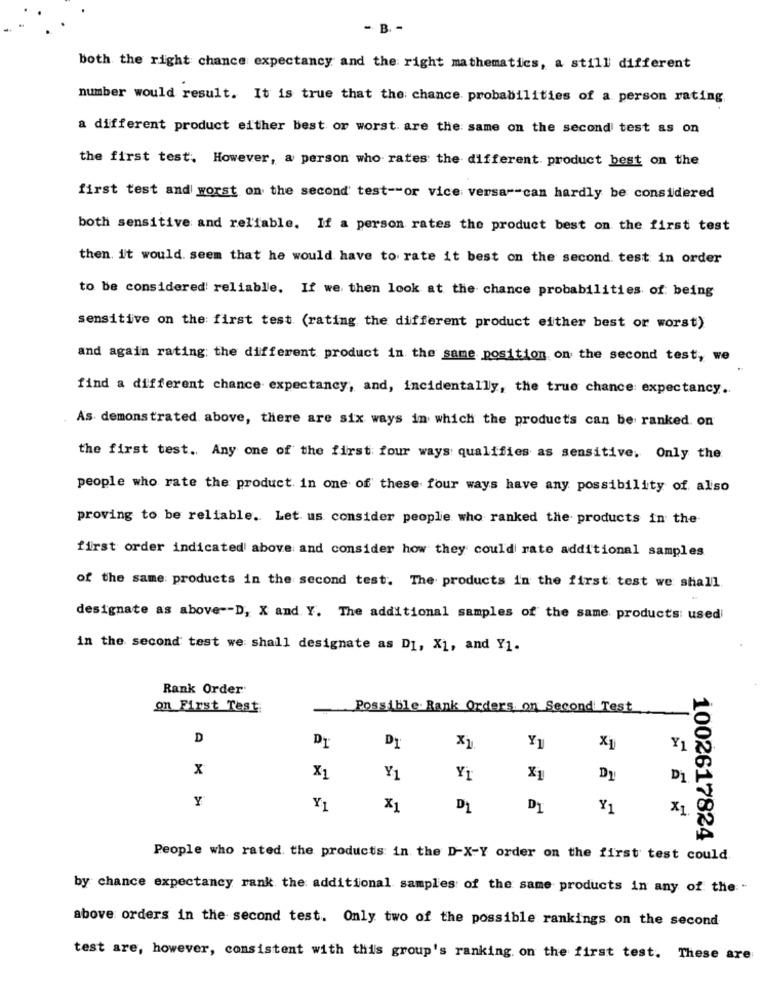
- B -
both the right chance expectancy and the right mathematics, a still different
number would result. It is true that the chance probabilities of a person rating
a different product either best or worst are the same on the second test as on
the first test. However, a person who rates the different product best on the
first test and worst on the second test -- or vice versa"-can hardly be considered
both sensitive and reliable. If a person rates the product best on the first test
then it would seem that he would have to rate it best on the second test in order
to be considered reliable. If we then look at the chance probabilities of being
sensitive on the first test (rating the different product either best or worst)
and again rating: the different product in the same position on the second test, we
find a different chance expectancy, and, incidentally, the true chance: expectancy.
As demonstrated above, there are six ways in which the products can be ranked. on
the first test. Any one of the first four ways qualifies as sensitive. Only the
people who rate the product in one of these four ways have any possibility of also
proving to be reliable. Let us consider people who ranked the products in the
first order indicated above and consider how they could rate additional samples
of the same: products in the second test. The products in the first test we shall
designate as above -- D, X and Y. The additional samples of the same products: usedi
in the second test we shall designate as DI, X1, and Y1.
Rank Order
on First Test
Possible Rank Orders on Second Test
D
Dy
X1
Y1
X1
Y1
x
X1
Y1
Yİ
X1
Dy
D1
Y
Y1
X1
D1
DI
Y1
X1.
1002617824
People who rated. the products in the D-X-Y order on the first test could
by chance expectancy rank the additional samples of the same products in any of the :-
above orders in the second test. Only two of the possible rankings on the second
test are, however, consistent with this group's ranking on the first test. These are